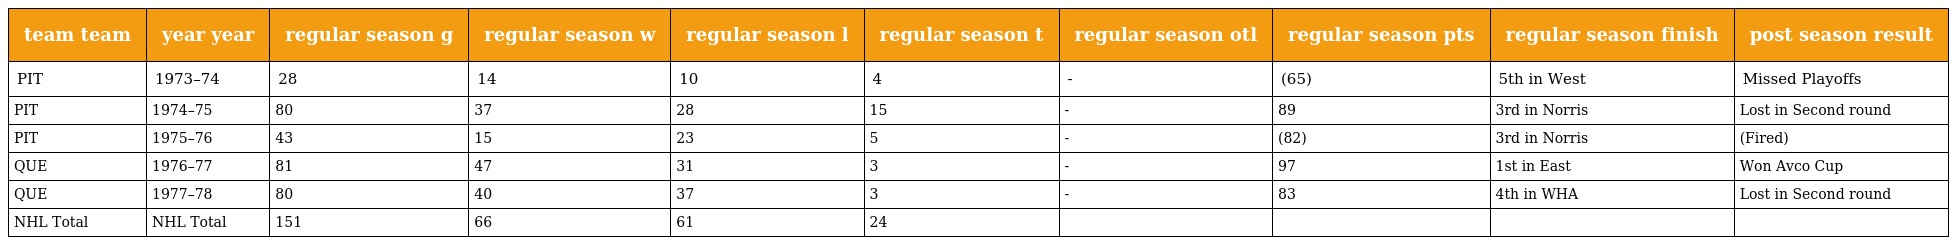
| team team | year year | regular season g | regular season w | regular season l | regular season t | regular season otl | regular season pts | regular season finish | post season result |
 | --- | --- | --- | --- | --- | --- | --- | --- | --- | --- |
 | PIT | 1973–74 | 28 | 14 | 10 | 4 | - | (65) | 5th in West | Missed Playoffs |
 | PIT | 1974–75 | 80 | 37 | 28 | 15 | - | 89 | 3rd in Norris | Lost in Second round |
 | PIT | 1975–76 | 43 | 15 | 23 | 5 | - | (82) | 3rd in Norris | (Fired) |
 | QUE | 1976–77 | 81 | 47 | 31 | 3 | - | 97 | 1st in East | Won Avco Cup |
 | QUE | 1977–78 | 80 | 40 | 37 | 3 | - | 83 | 4th in WHA | Lost in Second round |
 | NHL Total | NHL Total | 151 | 66 | 61 | 24 |  |  |  |  |